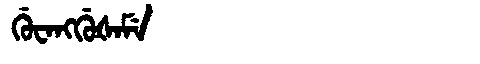
Manchu: ᡤᡠᠸᠠᠩᡤᡠᡧᠠᠮᡝ
Romanization: GUWANGGUŠAME